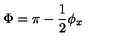
\Phi = \pi - \frac { 1 } { 2 } \phi _ { x }